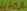
Text: 470Ω